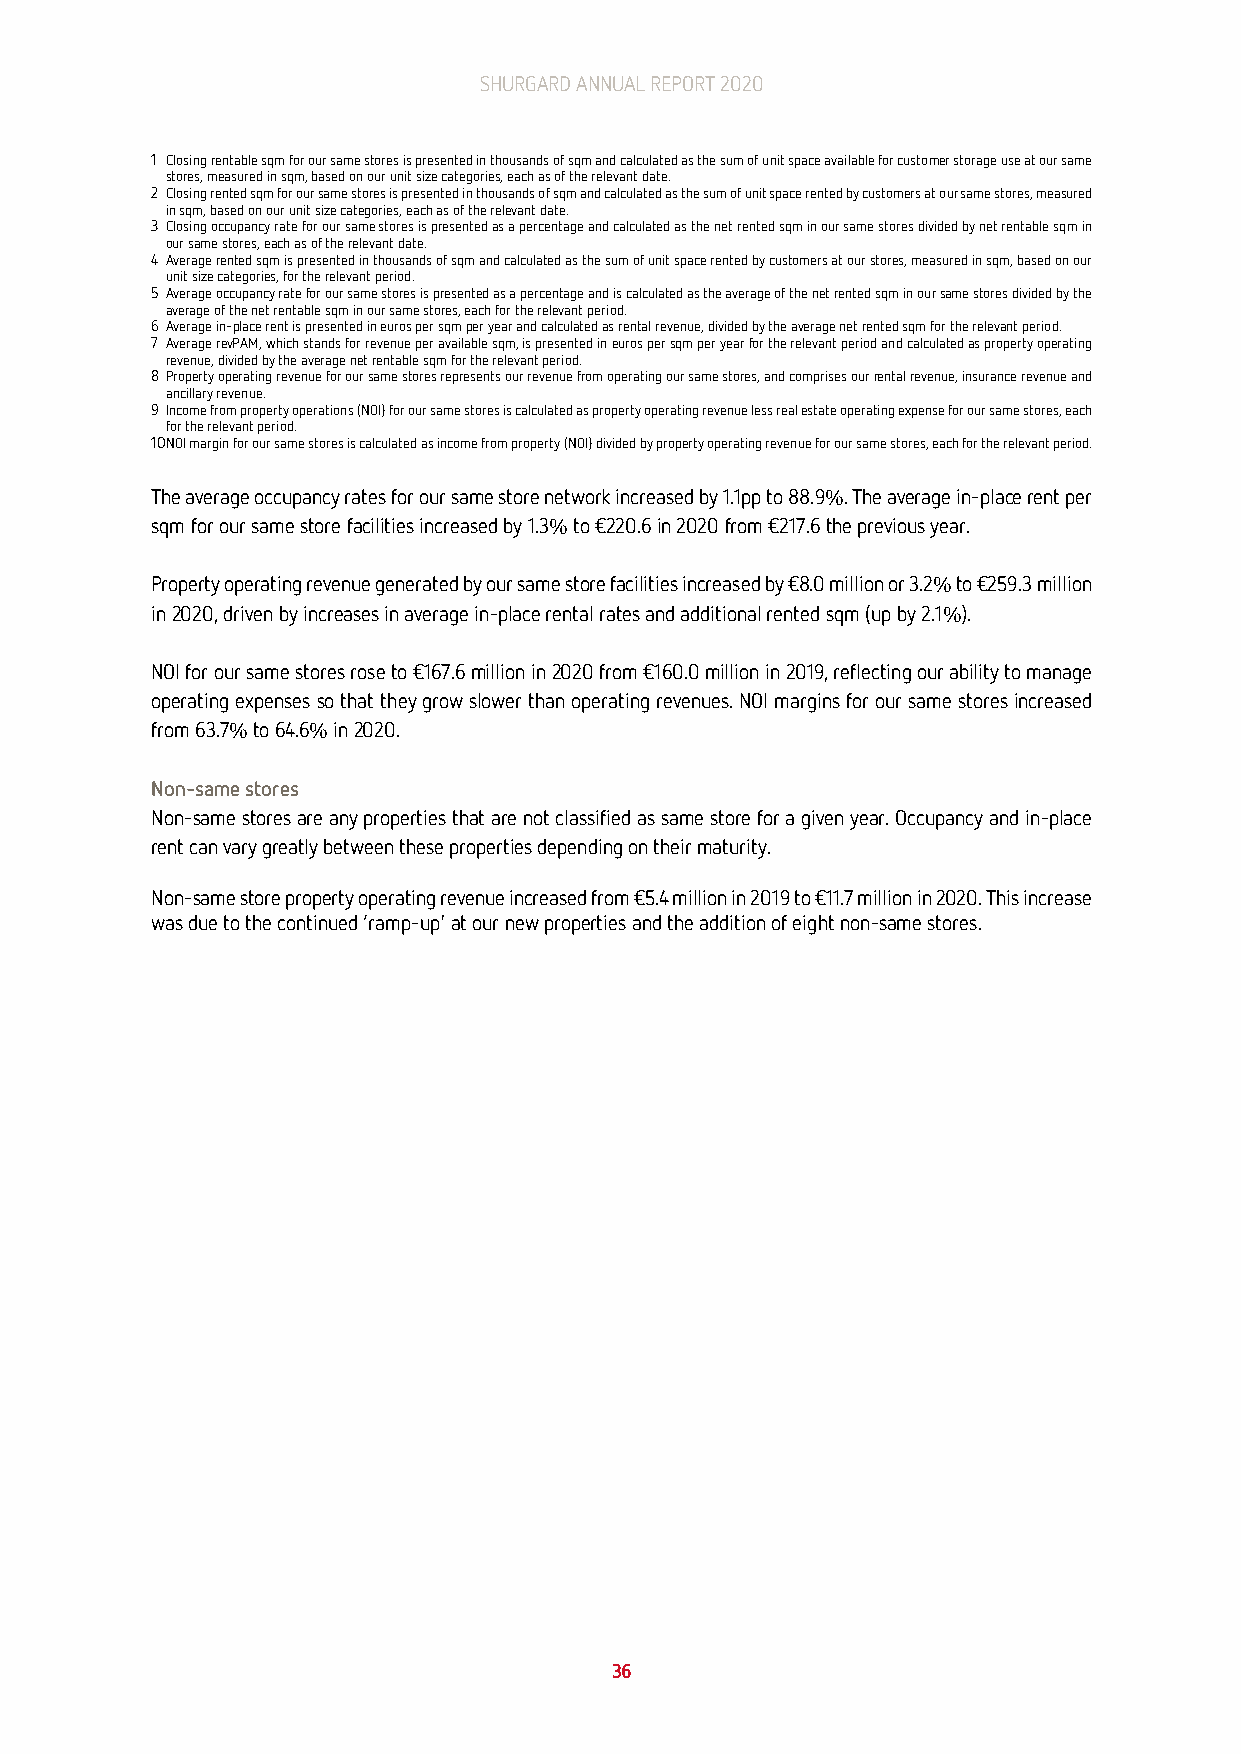
SHURGARD ANNUAL REPORT 2020
 1 Closing rentable sqm for our same stores is presented in thousands of sqm and calculated as the sum of unit space available for customer storage use at our same
 stores, measured in sqm, based on our unit size categories, each as of the relevant date.
 2 Closing rented sqm for our same stores is presented in thousands of sqm and calculated as the sum of unit space rented by customers at our same stores, measured
 in sqm, based on our unit size categories, each as of the relevant date.
 3 Closing occupancy rate for our same stores is presented as a percentage and calculated as the net rented sqm in our same stores divided by net rentable sqm in
 our same stores, each as of the relevant date.
 4 Average rented sqm is presented in thousands of sqm and calculated as the sum of unit space rented by customers at our stores, measured in sqm, based on our
 unit size categories, for the relevant period.
 5 Average occupancy rate for our same stores is presented as a percentage and is calculated as the average of the net rented sqm in our same stores divided by the
 average of the net rentable sqm in our same stores, each for the relevant period.
 6 Average in-place rent is presented in euros per sqm per year and calculated as rental revenue, divided by the average net rented sqm for the relevant period.
 7 Average revPAM, which stands for revenue per available sqm, is presented in euros per sqm per year for the relevant period and calculated as property operating
 revenue, divided by the average net rentable sqm for the relevant period.
 8 Property operating revenue for our same stores represents our revenue from operating our same stores, and comprises our rental revenue, insurance revenue and
 ancillary revenue.
 9 Income from property operations (NOI) for our same stores is calculated as property operating revenue less real estate operating expense for our same stores, each
 for the relevant period.
 10 NOI margin for our same stores is calculated as income from property (NOI) divided by property operating revenue for our same stores, each for the relevant period.
 The average occupancy rates for our same store network increased by 1.1pp to 88.9%. The average in-place rent per
 sqm for our same store facilities increased by 1.3% to €220.6 in 2020 from €217.6 the previous year.
 Property operating revenue generated by our same store facilities increased by €8.0 million or 3.2% to €259.3 million
 in 2020, driven by increases in average in-place rental rates and additional rented sqm (up by 2.1%).
 NOI for our same stores rose to €167.6 million in 2020 from €160.0 million in 2019, reflecting our ability to manage
 operating expenses so that they grow slower than operating revenues. NOI margins for our same stores increased
 from 63.7% to 64.6% in 2020.
 Non-same stores
 Non-same stores are any properties that are not classified as same store for a given year. Occupancy and in-place
 rent can vary greatly between these properties depending on their maturity.
 Non-same store property operating revenue increased from €5.4 million in 2019 to €11.7 million in 2020. This increase
 was due to the continued ‘ramp-up' at our new properties and the addition of eight non-same stores.
 36